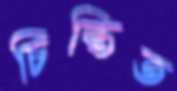
চিন্তিত